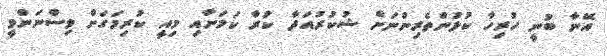
އޭނާ ބުނީ ހުރިހާ ކުޅުންތެރިންނަށް ޝުކުރުއަދާ ކުރާ ކަމަށާއި މިއީ ކުރިމަގަށް ވިސްނަންވީ